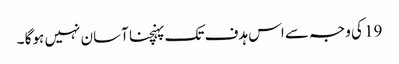
19 کی وجہ سے اس ہدف تک پہنچنا آسان نہیں ہوگا ۔